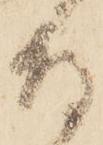
召